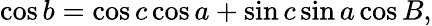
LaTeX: \cos b=\cos c\cos a+\sin c\sin a\cos B,